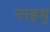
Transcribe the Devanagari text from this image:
नाहम्